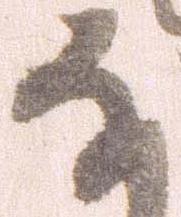
な